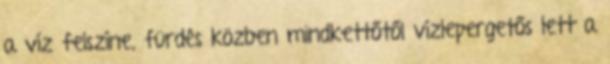
a víz felszíne, fürdés közben mindkettőtől vízlepergetős lett a